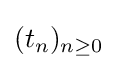
(t_{n})_{n\geq 0}